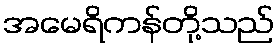
အမေရိကန်တို့သည်